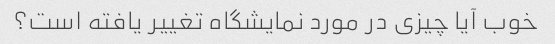
خوب آیا چیزی در مورد نمایشگاه تغییر یافته است؟